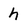
Character: h